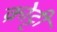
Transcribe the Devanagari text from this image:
क्रोट्टी